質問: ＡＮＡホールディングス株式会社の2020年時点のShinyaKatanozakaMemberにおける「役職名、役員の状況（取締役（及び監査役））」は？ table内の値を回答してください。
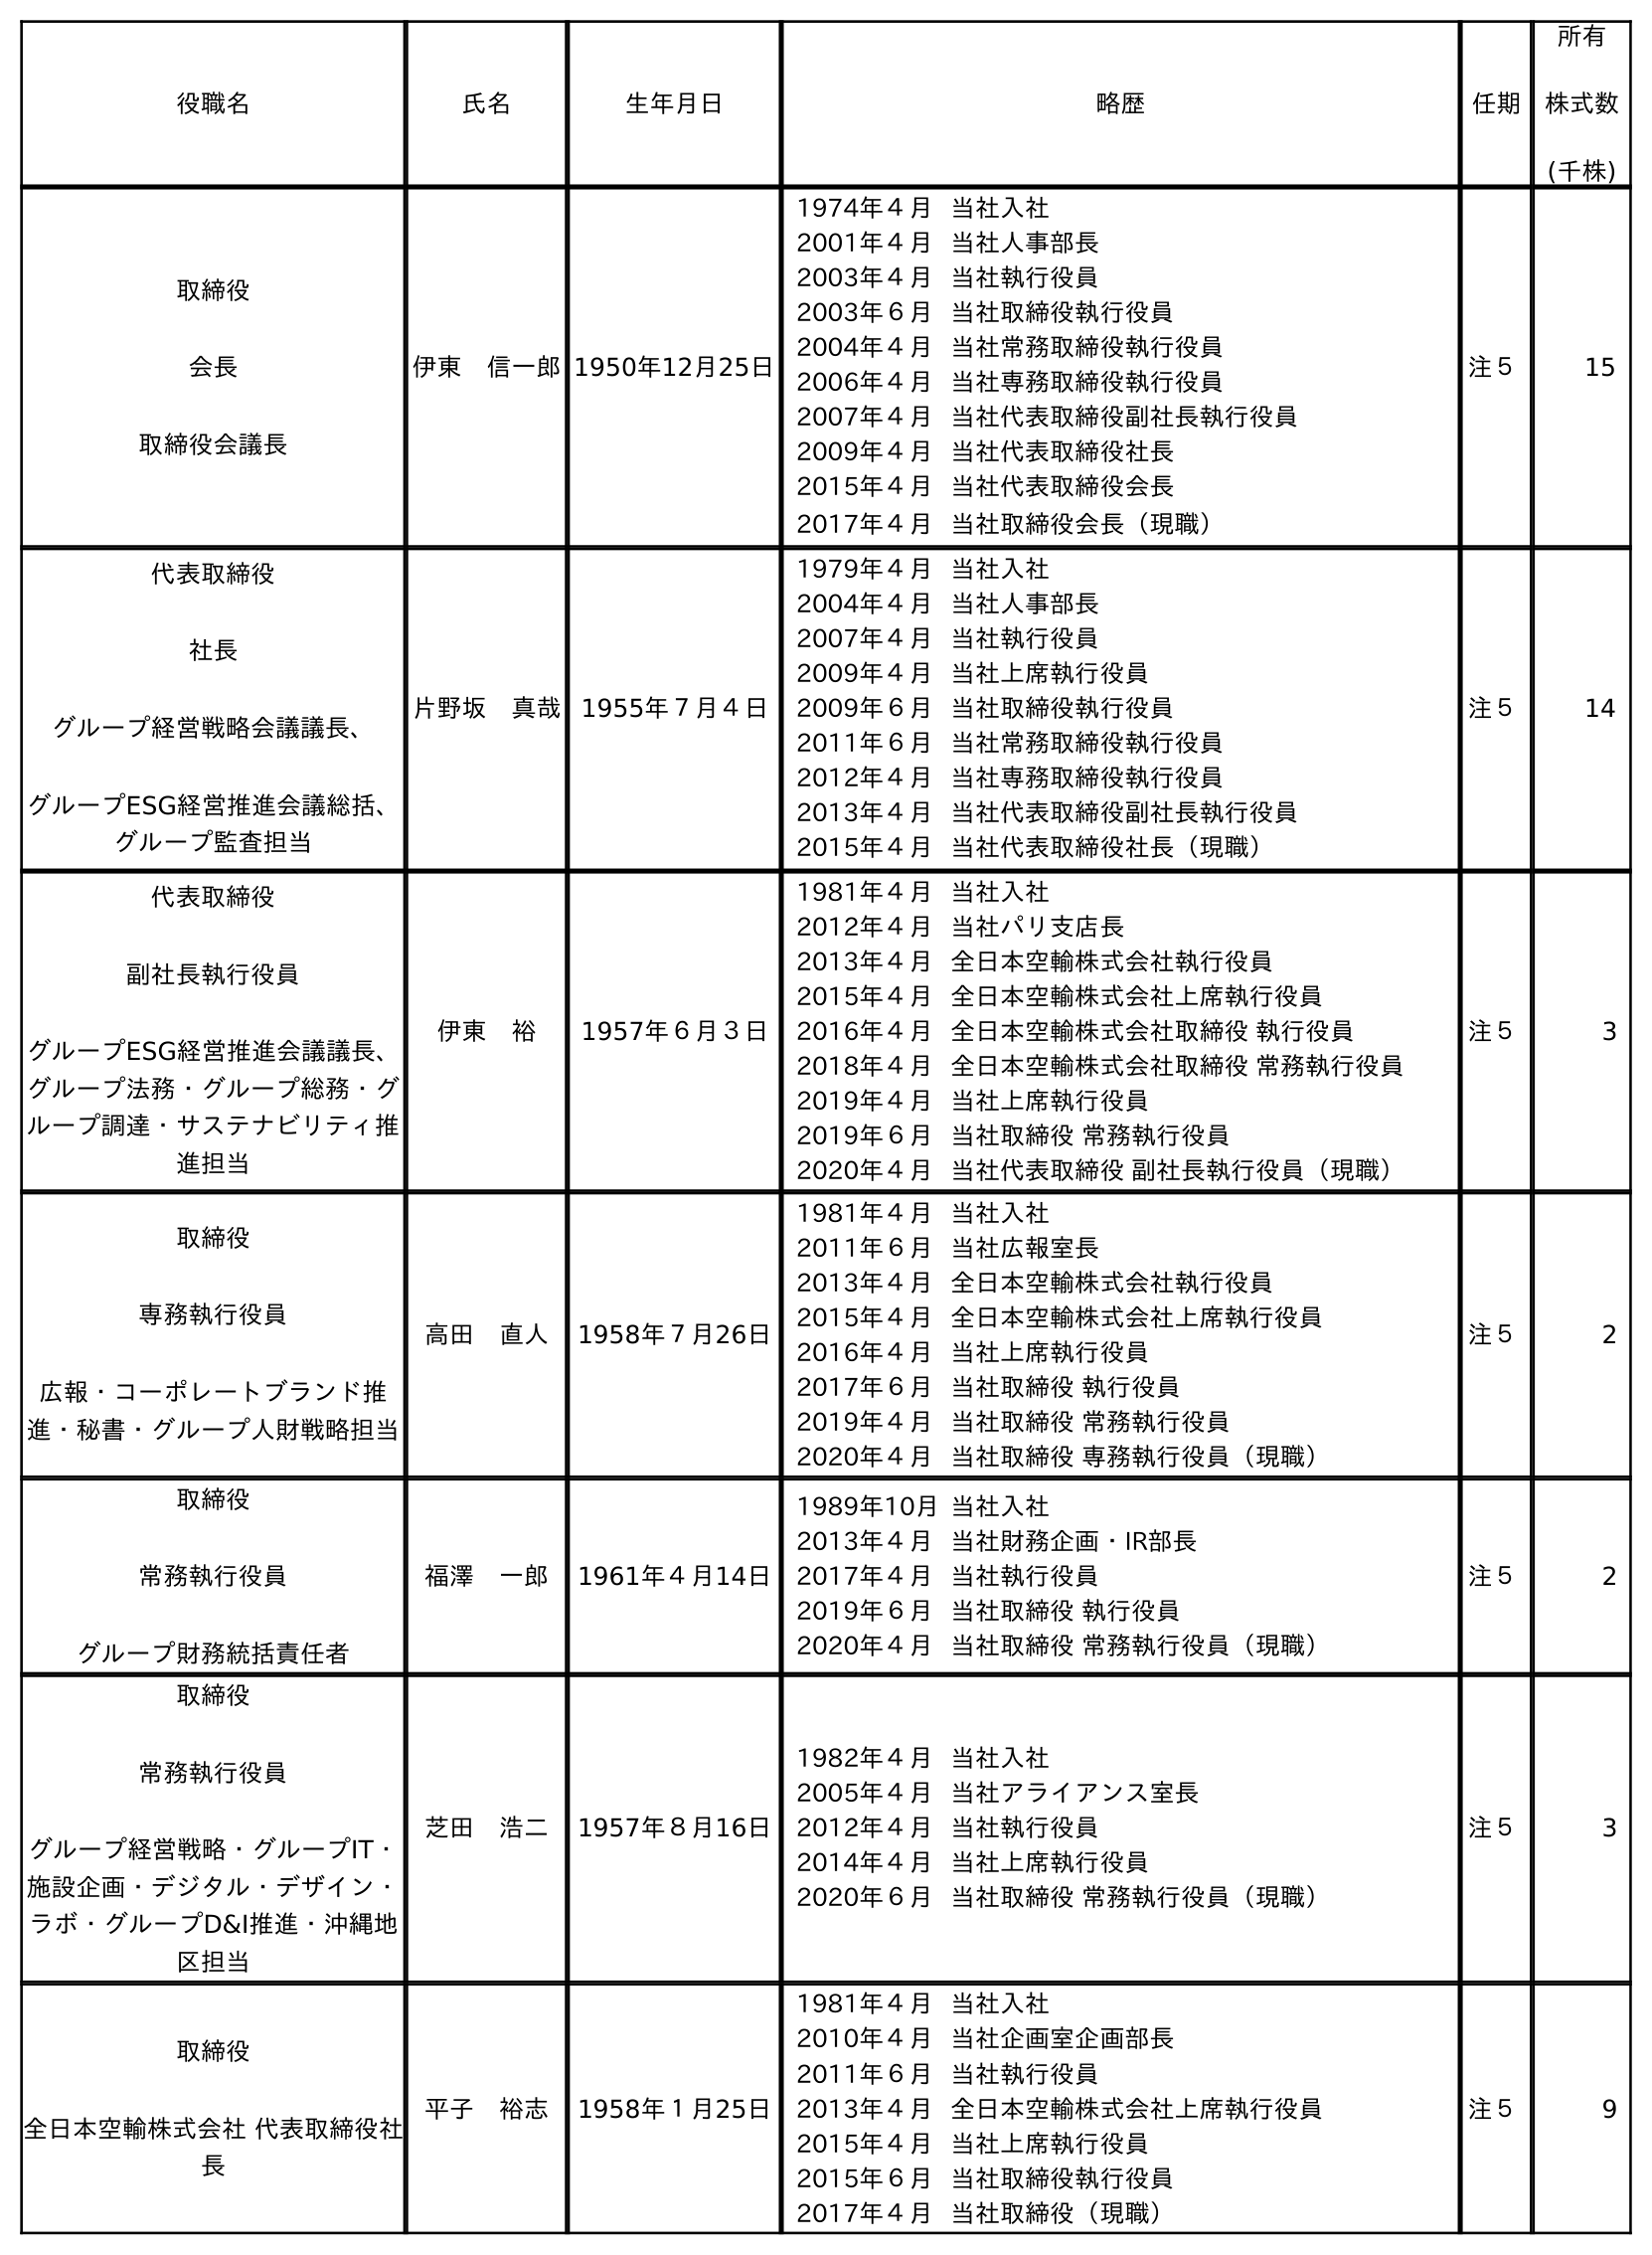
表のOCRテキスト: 役職名 氏名 生年月日 略歴 任期 所有 株式数 (千株) 取締役 会長 取締役会議長 伊東 信一郎1950年12月25日 1974年４月当社入社 2001年４月当社人事部長 2003年４月当社執行役員 2003年６月当社取締役執行役員 2004年４月当社常務取締役執行役員 2006年４月当社専務取締役執行役員 2007年４月当社代表取締役副社長執行役員 2009年４月当社代表取締役社長 2015年４月当社代表取締役会長 2017年４月当社取締役会長（現職） 注５ 15 代表取締役 社長 グループ経営戦略会議議長、 グループESG経営推進会議総括、 グループ監査担当 片野坂 真哉 1955年７月４日 1979年４月当社入社 2004年４月当社人事部長 2007年４月当社執行役員 2009年４月当社上席執行役員 2009年６月当社取締役執行役員 2011年６月当社常務取締役執行役員 2012年４月当社専務取締役執行役員 2013年４月当社代表取締役副社長執行役員 2015年４月当社代表取締役社長（現職） 注５ 14 代表取締役 副社長執行役員 グループESG経営推進会議議長、 グループ法務・グループ総務・グ ループ調達・サステナビリティ推 進担当 伊東 裕 1957年６月３日 1981年４月当社入社 2012年４月当社パリ支店長 2013年４月全日本空輸株式会社執行役員 2015年４月全日本空輸株式会社上席執行役員 2016年４月全日本空輸株式会社取締役 執行役員 2018年４月全日本空輸株式会社取締役 常務執行役員 2019年４月当社上席執行役員 2019年６月当社取締役 常務執行役員 2020年４月当社代表取締役 副社長執行役員（現職） 注５ 3 取締役 専務執行役員 広報・コーポレートブランド推 進・秘書・グループ人財戦略担当 高田 直人 1958年７月26日 1981年４月当社入社 2011年６月当社広報室長 2013年４月全日本空輸株式会社執行役員 2015年４月全日本空輸株式会社上席執行役員 2016年４月当社上席執行役員 2017年６月当社取締役 執行役員 2019年４月当社取締役 常務執行役員 2020年４月当社取締役 専務執行役員（現職） 注５ 2 取締役 常務執行役員 グループ財務統括責任者 福澤 一郎 1961年４月14日 1989年10月当社入社 2013年４月当社財務企画・IR部長 2017年４月当社執行役員 2019年６月当社取締役 執行役員 2020年４月当社取締役 常務執行役員（現職） 注５ 2 取締役 常務執行役員 グループ経営戦略・グループIT・ 施設企画・デジタル・デザイン・ ラボ・グループD&I推進・沖縄地 区担当 芝田 浩二 1957年８月16日 1982年４月当社入社 2005年４月当社アライアンス室長 2012年４月当社執行役員 2014年４月当社上席執行役員 2020年６月当社取締役 常務執行役員（現職） 注５ 3 取締役 全日本空輸株式会社 代表取締役社 長 平子 裕志 1958年１月25日 1981年４月当社入社 2010年４月当社企画室企画部長 2011年６月当社執行役員 2013年４月全日本空輸株式会社上席執行役員 2015年４月当社上席執行役員 2015年６月当社取締役執行役員 2017年４月当社取締役（現職） 注５ 9
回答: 代表取締役社長グループ経営戦略会議議長、グループESG経営推進会議総括、グループ監査担当